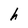
Character: h